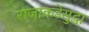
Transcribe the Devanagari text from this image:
राजांकडेसुद्धा